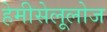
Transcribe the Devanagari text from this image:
हेमीसेलूलोज